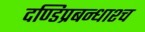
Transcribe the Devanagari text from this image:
दण्डिप्रबन्धाश्च